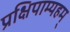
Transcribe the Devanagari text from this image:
प्रक्षिपाम्यहम्